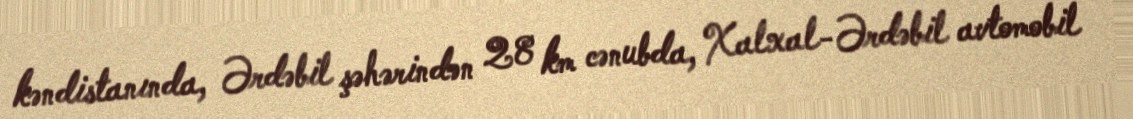
kəndistanında, Ərdəbil şəhərindən 28 km cənubda, Xalxal-Ərdəbil avtomobil